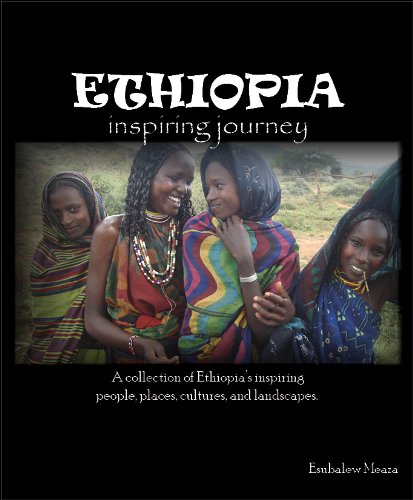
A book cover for Ethiopia inspiring journey; Esubalew Meaza; Travel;